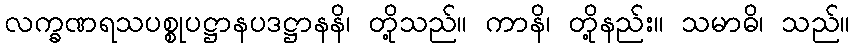
လက္ခဏရသပစ္စုပဋ္ဌာနပဒဋ္ဌာနနိ၊ တို့သည်။ ကာနိ၊ တို့နည်း။ သမာဓိ၊ သည်။